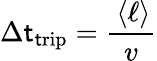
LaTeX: \Delta\mathsf{t}_{\mathrm{{\mathsf{t}rip}}}=\frac{{\, \langle\ell\rangle}}{{v}}